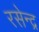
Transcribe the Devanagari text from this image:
रसेन्द्र